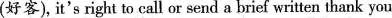
(好客), it's right to call or send a brief written thank you